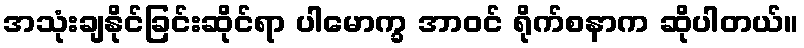
အသုံးချနိုင်ခြင်းဆိုင်ရာ ပါမောက္ခ အာဝင် ရိုက်စနာက ဆိုပါတယ်။